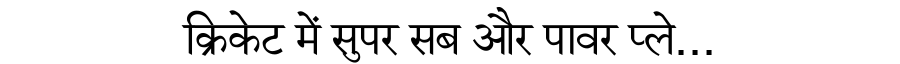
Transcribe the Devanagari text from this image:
क्रिकेट में सुपर सब और पावर प्ले...